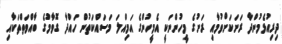
ދިރިއުޅެމުންދާ ރަށަކަށްވުމާއި ރަށުގެ މީހުންނަކީ އެމީހުންގެ އަމިއްލަ މަސައްކަތުން ހައްދާ ގޮވާމުގެ ބާއްވަތްތަކާއި